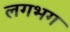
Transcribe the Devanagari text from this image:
लगभ्‍ाग